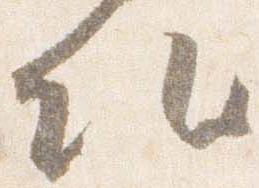
頭